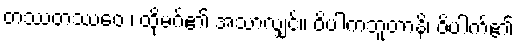
တဿတဿေဝ ၊ ထိုမဂ်၏ အသာလျှင်။ ဝိပါကဘူတာနိ၊ ဝိပါက်၏